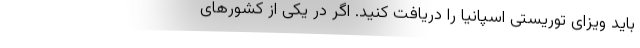
باید ویزای توریستی اسپانیا را دریافت کنید. اگر در یکی از کشورهای